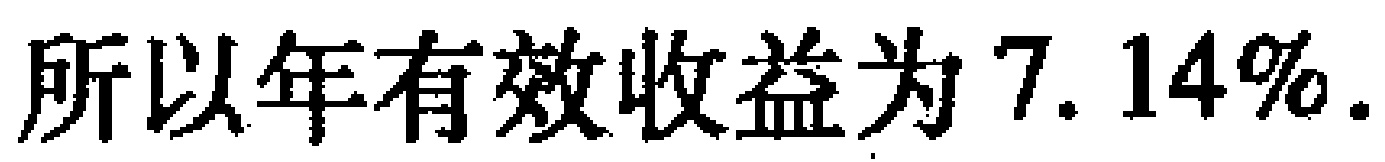
所以年有效收益为 \(7.14\%\).